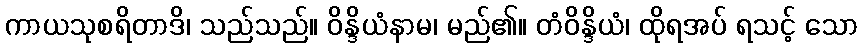
ကာယသုစရိတာဒိ၊ သည်သည်။ ဝိန္ဒိယံနာမ၊ မည်၏။ တံဝိန္ဒိယံ၊ ထိုရအပ် ရသင့် သော